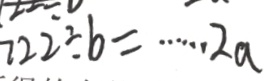
7 2 2 \div b = \cdots 2 a